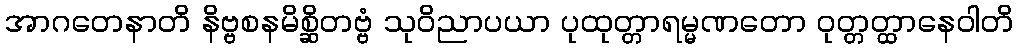
အာဂတေနာတိ နိဗ္ဗစနမိစ္ဆိတဗ္ဗံ သုဝိညာပယာ ပုထုတ္တာရမ္မဏတော ဝုတ္တတ္ထာနေဝါတိ